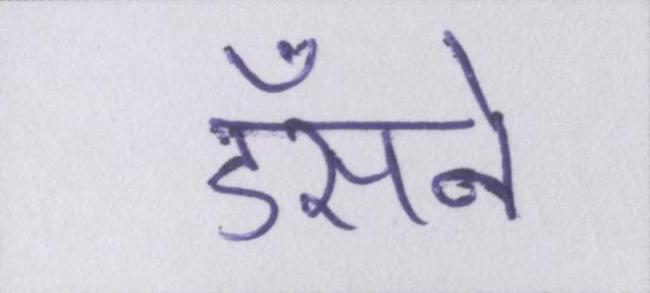
डँसने